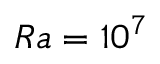
R a = 1 0 ^ { 7 }